Report on vaccination in Madras 1922-1929 - 1922-1929
Year: 1922
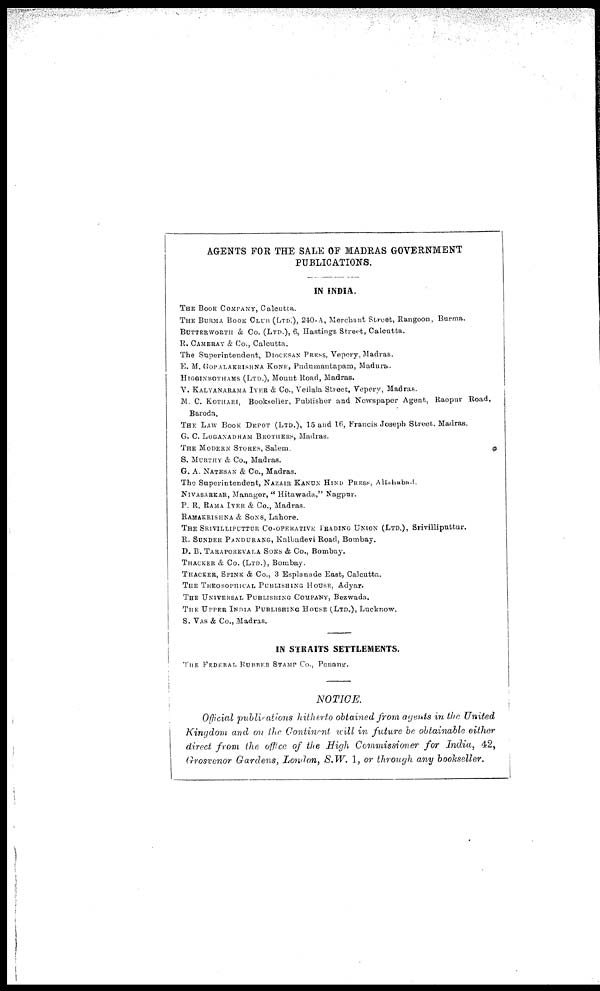
AGENTS FOR THE SALE OF MADRAS GOVERNMENT
PUBLICATIONS.
IN INDIA.
THE BOOK COMPANY, Calcutta.
THE BURMA BOOK CLUB (LTD.), 240-A, Merchant Street, Rangoon, Burma.
BUTTERWORTH & Co. (LTD.), 6, Hastings Street, Calcutta.
R. CAMBRAY & Co., Calcutta.
The Superintendent, DIOCESAN PRESS, Vepery, Madras.
E. M. GOPALAKRISHNA KONE., Pudumantapam, Madura.
HIGGINBOTHAMS (LTD.), Mount Road, Madras.
V. KALYANATAMA IYER & Co., Vellala Street, Vepery, Madras.
M. C. KOTHARI, Bookseller, Publisher and Newspaper Agent, Raopur Road,
Baroda.
THE LAW BOOK DEPOT (LTD.), 15 and 16, Francis Joseph Street. Madras.
G. C. LOGANADHAM BROTHERS, Madras.
THE MODERN STORES, Salem.
S. MURTHY & Co., Madras.
G. A. NATESAN & Co., Madras.
The Superintendent, NAZAIR KANUN HIND PRESS, Allahabad.
NIVASARKAR, Manager, " Hitawada," Nagpur.
P. R. RAMA IYER & Co., Madras.
RAMAKRISHNA & SONS, Lahore.
THE SRIVILLPUTTUR CO-OPERATIVE TRADING UNION (LTD.), Srivilliputtur.
R. SUNDER PANDURANG, Kalbadevi Road, Bombay.
D. B. TARAPOREVALA SONS & Co., Bombay.
THACKER & Co. (LTD.), Bombay.
THACKER, SPINK & Co., 3 Esplanade East, Calcutta.
THE THEOSOPHICAL PUBLISHING HOUSE, Adyar.
THE UNIVERSAL PUBLISHING COMPANY, Bezwada.
THE UPPER INDIA PUBLISHING HOUSE (LTD.), Lucknow.
S. VAS & Co., Madras.
IN STRAITS SETTLEMENTS.
THE FEDERAL RUBBER STAMP CO., Penang.
NOTICE.
Official publications hitherto obtained from agents in the United
Kingdom and on the Continent will in future be obtainable either
direct from the office of the High Commissioner for India, 42,
Grosvenor Gardens, London, S.W. 1, or through any bookseller.